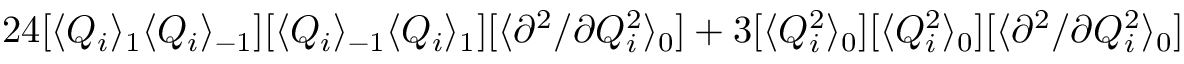
2 4 [ \langle Q _ { i } \rangle _ { 1 } \langle Q _ { i } \rangle _ { - 1 } ] [ \langle Q _ { i } \rangle _ { - 1 } \langle Q _ { i } \rangle _ { 1 } ] [ \langle { \partial ^ { 2 } } / { \partial Q _ { i } ^ { 2 } } \rangle _ { 0 } ] + 3 [ \langle Q _ { i } ^ { 2 } \rangle _ { 0 } ] [ \langle Q _ { i } ^ { 2 } \rangle _ { 0 } ] [ \langle { \partial ^ { 2 } } / { \partial Q _ { i } ^ { 2 } } \rangle _ { 0 } ]